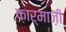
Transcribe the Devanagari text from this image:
फ़ार्माज़ी